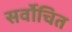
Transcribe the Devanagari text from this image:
सर्वोचित